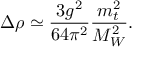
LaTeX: \Delta \rho \simeq \frac { 3 g ^ { 2 } } { 6 4 \pi ^ { 2 } } \frac { m _ { t } ^ { 2 } } { M _ { W } ^ { 2 } } .